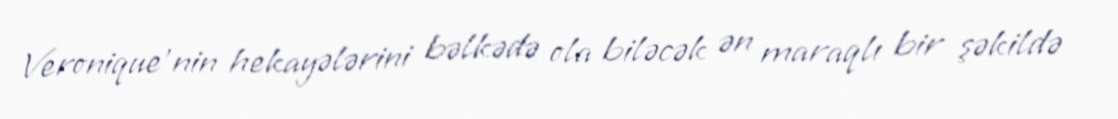
Veronique’nin hekayələrini bəlkədə ola biləcək ən maraqlı bir şəkildə